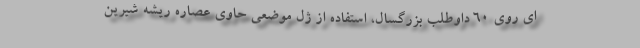
ای روی 60 داوطلب بزرگسال، استفاده از ژل موضعی حاوی عصاره ریشه شیرین